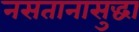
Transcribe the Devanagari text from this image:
नसतानासुद्धा